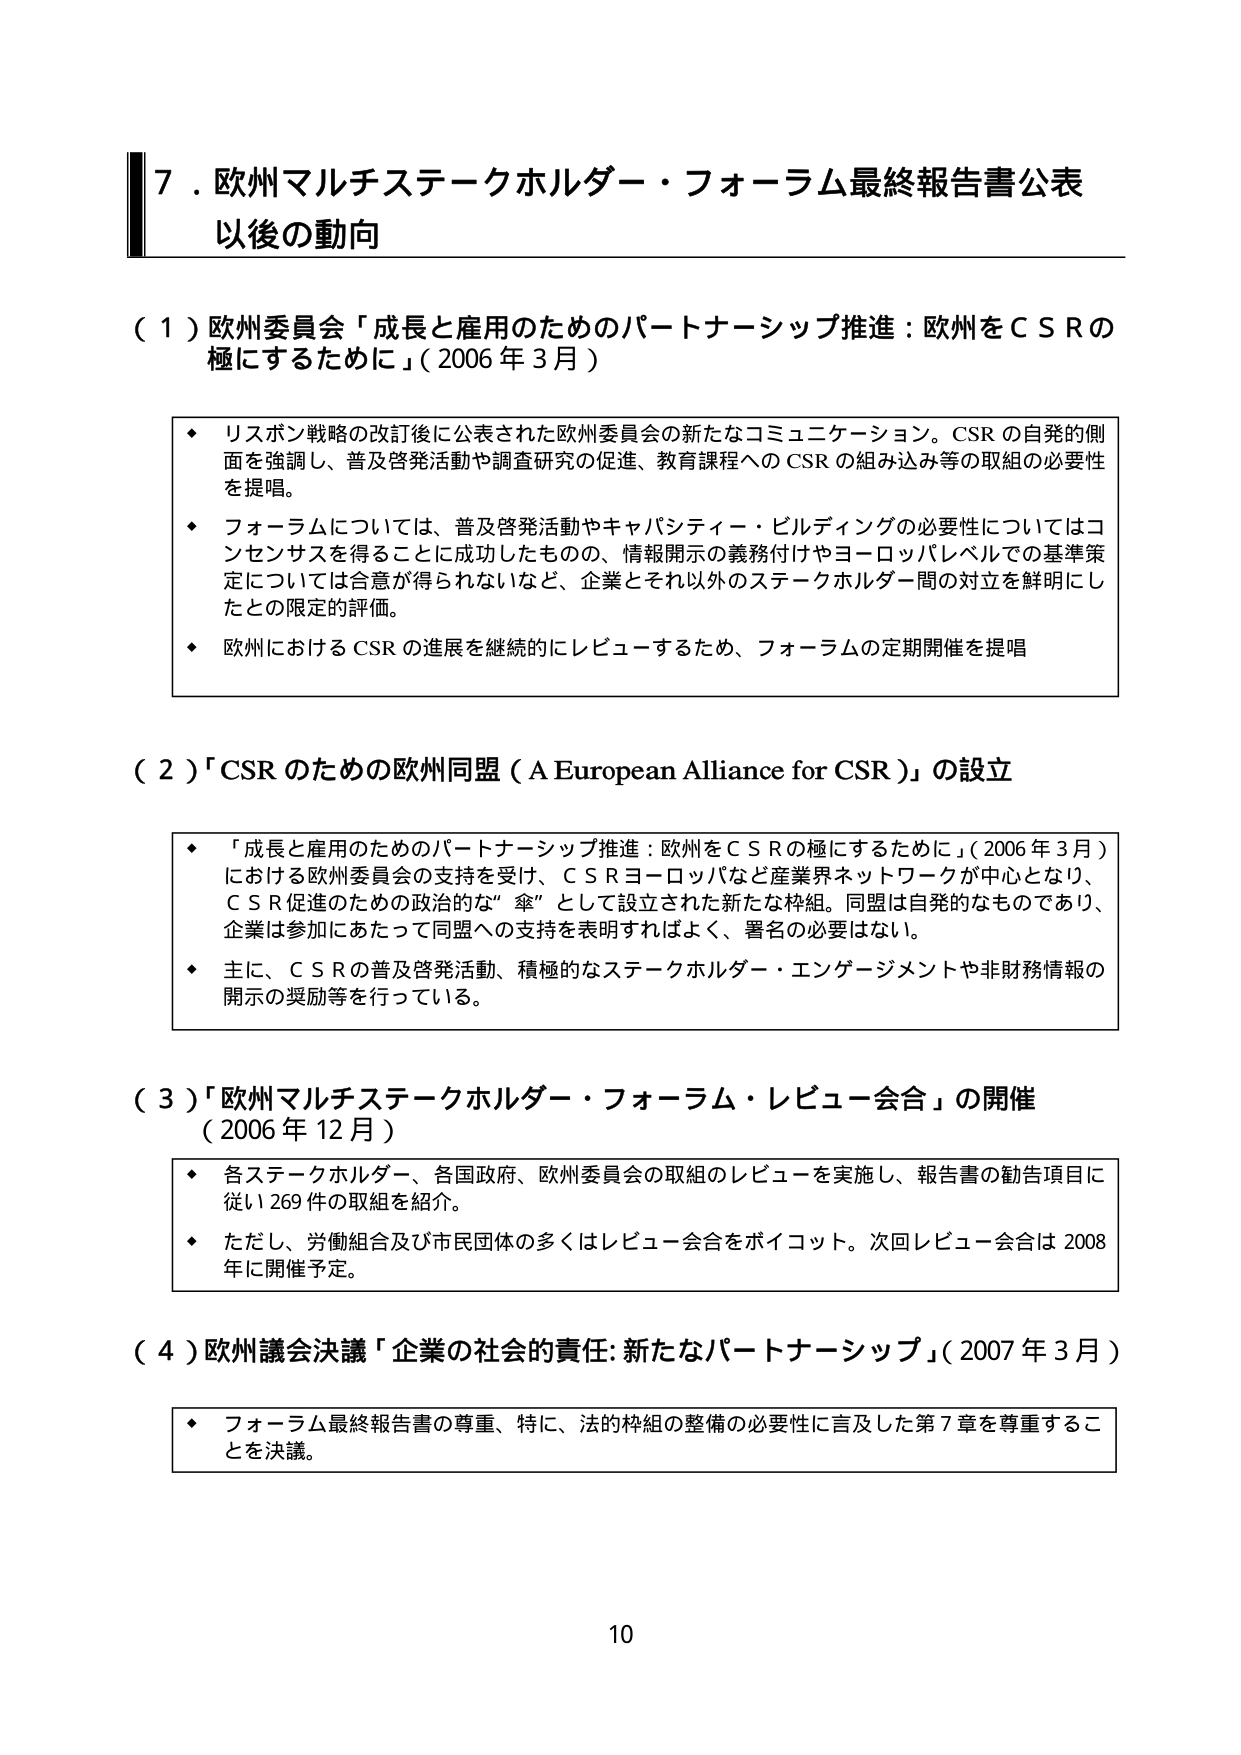
7．欧州マルチステークホルダー・フォーラム最終報告書公表
以後の動向

（1）欧州委員会「成長と雇用のためのパートナーシップ推進：欧州をＣＳＲの極にするために」（2006年3月）
・ リスボン戦略の改訂後に公表された欧州委員会の新たなコミュニケーション。CSRの自発的側面を強調し、普及啓発活動や調査研究の促進、教育課程へのCSRの組み込み等の取組の必要性を提唱。
・ フォーラムについては、普及啓発活動やキャパシティ・ビルディングの必要性についてはコンセンサスを得ることに成功したものの、情報開示の義務付けやヨーロッパレベルでの基準策定については合意が得られないなど、企業とそれ以外のステークホルダー間の対立を鮮明にしたとの限定的評価。
・ 欧州におけるCSRの進展を継続的にレビューするため、フォーラムの定期開催を提唱

（2）「CSRのための欧州同盟（A European Alliance for CSR）」の設立
・ 「成長と雇用のためのパートナーシップ推進：欧州をＣＳＲの極にするために」（2006年3月）における欧州委員会の支持を受け、ＣＳＲヨーロッパなど産業界ネットワークが中心となり、ＣＳＲ促進のための政治的な“傘”として設立された新たな枠組。同盟は自発的なものであり、企業は参加にあたって同盟への支持を表明すればよく、署名の必要はない。
・ 主に、ＣＳＲの普及啓発活動、積極的なステークホルダー・エンゲージメントや非財務情報の開示の奨励等を行っている。

（3）「欧州マルチステークホルダー・フォーラム・レビュー会合」の開催（2006年12月）
・ 各ステークホルダー、各国政府、欧州委員会の取組のレビューを実施し、報告書の勧告項目に従い269件の取組を紹介。
・ ただし、労働組合及び市民団体の多くはレビュー会合をボイコット。次回レビュー会合は2008年に開催予定。

（4）欧州議会決議「企業の社会的責任：新たなパートナーシップ」（2007年3月）
・ フォーラム最終報告書の尊重、特に、法的枠組の整備の必要性に言及した第7章を尊重することを決議。

10